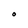
Character: O